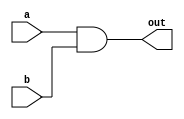
module and_gate (
    input a,b,          // defining inputs A and B of AND gate
    output out          // defining output of AND gate
);

assign out = a & b;     // Logic implementation

endmodule